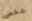
شخص